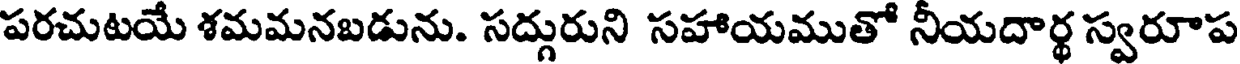
పరచుటయే శమమనబడును. సద్గురుని సహాయముతో నీయదార్థ స్వరూప